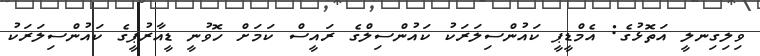
ވިލިގިނލީ އަތޮޅުގެ: އެމްޑީޕީ ކައުންސިލަރަކު ކައުންސިލްގެ ރައީސް ކަމަށް ހޮވުނީ ޑީއާރުޕީގެ ކައުންސިލަރަކު